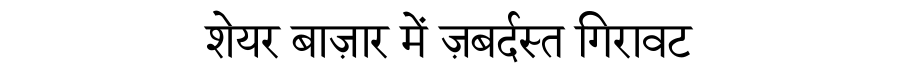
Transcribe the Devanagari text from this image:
शेयर बाज़ार में ज़बर्दस्त गिरावट